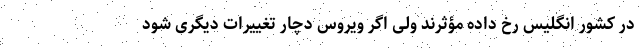
در کشور انگلیس رخ داده مؤثرند ولی اگر ویروس دچار تغییرات دیگری شود